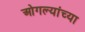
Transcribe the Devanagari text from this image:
ओगल्यांच्या